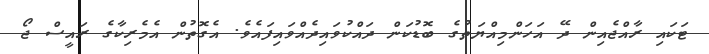
ޓަކައި ރާއްޖެއިން ދޭ އަހަންމިއްޔަތުގެ ބޮޑުކަން ދައްކުވައިދެއްވައިފައެވެ. އެގޮތުން އެމެރިކާގެ ރައީސް ޖޯ